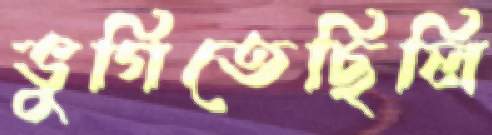
ভুগিতেছিলি